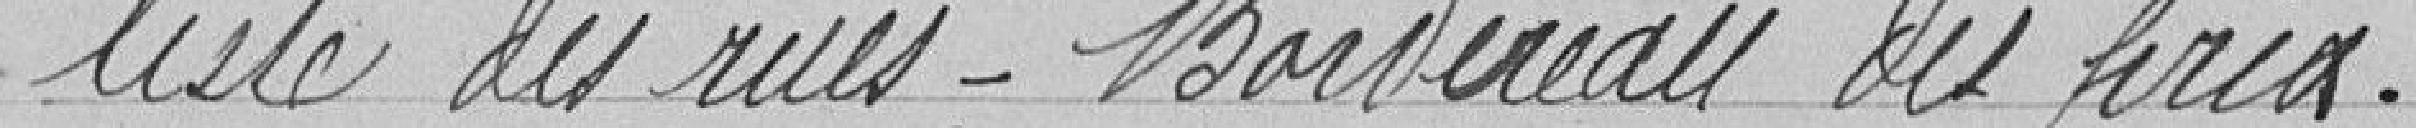
liste des rues - Bordereau du prix.